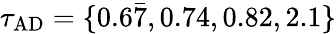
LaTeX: \tau_{\mathrm{AD}}=\{ 0.6\bar{7},0.74,0.82,2.1\}